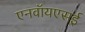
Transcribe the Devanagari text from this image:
एनवॉयएसई